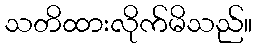
သတိထားလိုက်မိသည်။